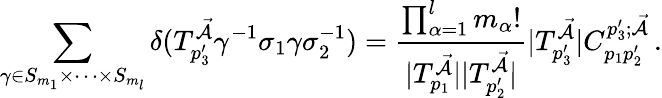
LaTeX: \sum_{\gamma\in S_{m_{1}}\times\dots\times S_{m_{l}}}\delta(T_{p_{3}^{\prime}}^{\mathcal{\vec{A}}}\gamma^{-1}\sigma_{1}\gamma\sigma_{2}^{-1})=\frac{\prod_{\alpha=1}^{l}m_{\alpha}!}{|T_{p_{1}}^{\mathcal{\vec{A}}}||T_{p_{2}^{\prime}}^{\mathcal{\vec{A}}}|}|T_{p_{3}^{\prime}}^{\mathcal{\vec{A}}}|C_{p_{1}p_{2}^{\prime}}^{p_{3}^{\prime};\mathcal{\vec{A}}}\, .